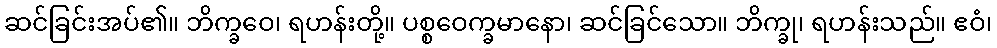
ဆင်ခြင်းအပ်၏။ ဘိက္ခဝေ၊ ရဟန်းတို့။ ပစ္စဝေက္ခမာနော၊ ဆင်ခြင်သော။ ဘိက္ခု၊ ရဟန်းသည်။ ဧဝံ၊